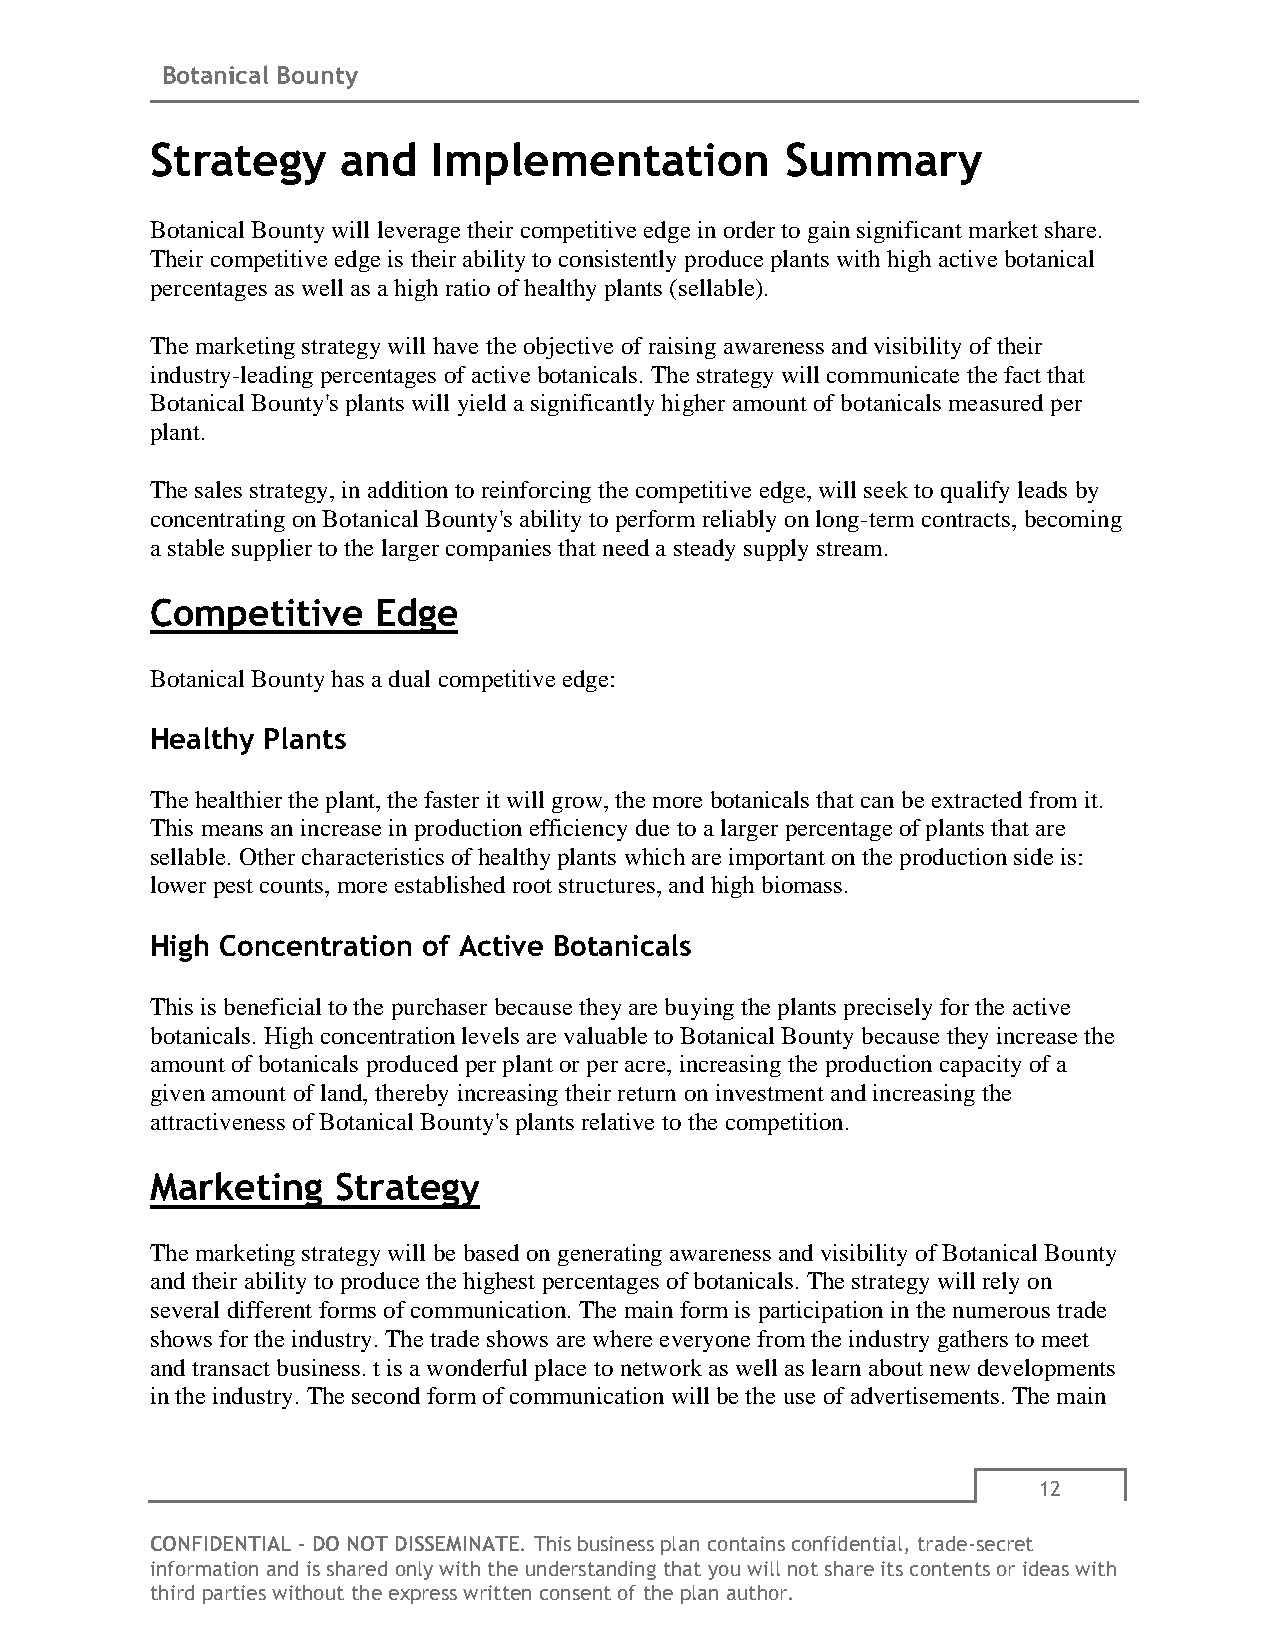
Botanical Bounty
 Strategy     and   Implementation         Summary
 Botanical Bounty will leverage their competitive edge in order to gain significant market share.
 Their competitive edge is their ability to consistently produce plants with high active botanical
 percentages as well as a high ratio of healthy plants (sellable).
 The marketing strategy will have the objective of raising awareness and visibility of their
 industry-leading percentages of active botanicals. The strategy will communicate the fact that
 Botanical Bounty's plants will yield a significantly higher amount of botanicals measured per
 plant.
 The sales strategy, in addition to reinforcing the competitive edge, will seek to qualify leads by
 concentrating on Botanical Bounty's ability to perform reliably on long-term contracts, becoming
 a stable supplier to the larger companies that need a steady supply stream.
 Competitive    Edge
 Botanical Bounty has a dual competitive edge:
 Healthy Plants
 The healthier the plant, the faster it will grow, the more botanicals that can be extracted from it.
 This means an increase in production efficiency due to a larger percentage of plants that are
 sellable. Other characteristics of healthy plants which are important on the production side is:
 lower pest counts, more established root structures, and high biomass.
 High Concentration of Active Botanicals
 This is beneficial to the purchaser because they are buying the plants precisely for the active
 botanicals. High concentration levels are valuable to Botanical Bounty because they increase the
 amount of botanicals produced per plant or per acre, increasing the production capacity of a
 given amount of land, thereby increasing their return on investment and increasing the
 attractiveness of Botanical Bounty's plants relative to the competition.
 Marketing   Strategy
 The marketing strategy will be based on generating awareness and visibility of Botanical Bounty
 and their ability to produce the highest percentages of botanicals. The strategy will rely on
 several different forms of communication. The main form is participation in the numerous trade
 shows for the industry. The trade shows are where everyone from the industry gathers to meet
 and transact business. t is a wonderful place to network as well as learn about new developments
 in the industry. The second form of communication will be the use of advertisements. The main
 12
 CONFIDENTIAL - DO NOT DISSEMINATE. This business plan contains confidential, trade-secret
 information and is shared only with the understanding that you will not share its contents or ideas with
 third parties without the express written consent of the plan author.